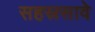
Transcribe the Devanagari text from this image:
सहस्रसावे